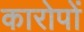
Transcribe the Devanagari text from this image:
कारोपों